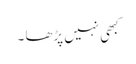
کبھی نہیں پڑھا ۔